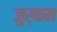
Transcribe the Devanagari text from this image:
जुर्कन